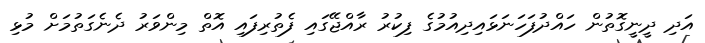
އަދި ދީނީގޮތުން ހައްދުފަހަނަޅައިދިއުމުގެ ފިކުރު ރާއްޖޭގައި ފެތުރިފައި އޮތް މިންވަރު ދެނެގަތުމަށް މުޅި